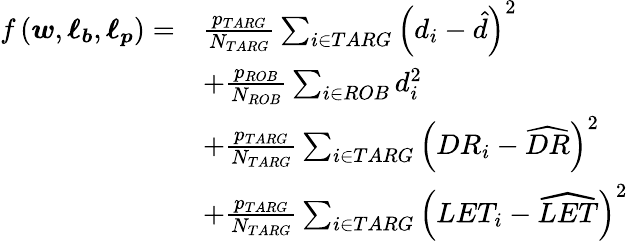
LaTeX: \begin{array}{rl}{f\left(\boldsymbol{w},\boldsymbol{\ell_{b}},\boldsymbol{\ell_{p}}\right)=}&{\frac{p_{TARG}}{N_{TARG}}\sum_{i\in TARG}\left(d_{i}-\hat{d}\right)^{2}}\\ &{+\frac{p_{ROB}}{N_{ROB}}\sum_{i\in ROB}d_{i}^{2}}\\ &{+\frac{p_{TARG}}{N_{TARG}}\sum_{i\in TARG}\left(DR_{i}-\widehat{DR}\right)^{2}}\\ &{+\frac{p_{TARG}}{N_{TARG}}\sum_{i\in TARG}\left(LET_{i}-\widehat{LET}\right)^{2}}\end{array}